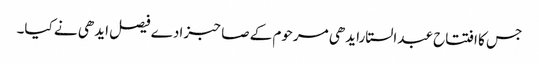
جس کا افتتاح عبدالستارایدھی مرحوم کے صاحبزادے فیصل ایدھی نے کیا۔